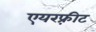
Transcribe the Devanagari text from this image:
एयरफ़्रीट